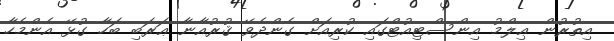
އިތުރުން ޢިލްމު އިންސްޓިއުޓްގައި ކުރިއަށް ގެންދެވޭ ޤުރުއާނާ ޢަރަބި ބަހާ ގުޅޭ އެންމެހާ